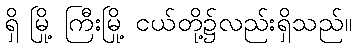
ရှိ မြို့ ကြီးမြို့ ငယ်တို့၌လည်းရှိသည်။